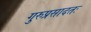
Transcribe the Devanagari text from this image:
गुरुप्रसादतः